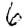
Digit: 6